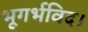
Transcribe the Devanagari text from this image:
भूगर्भविद।